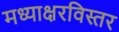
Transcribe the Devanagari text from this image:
मध्याक्षरविस्तर